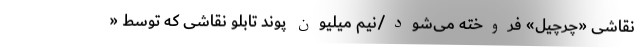
نقاشی «چرچیل» فروخته می‌شود/نیم میلیون پوند تابلو نقاشی که توسط «